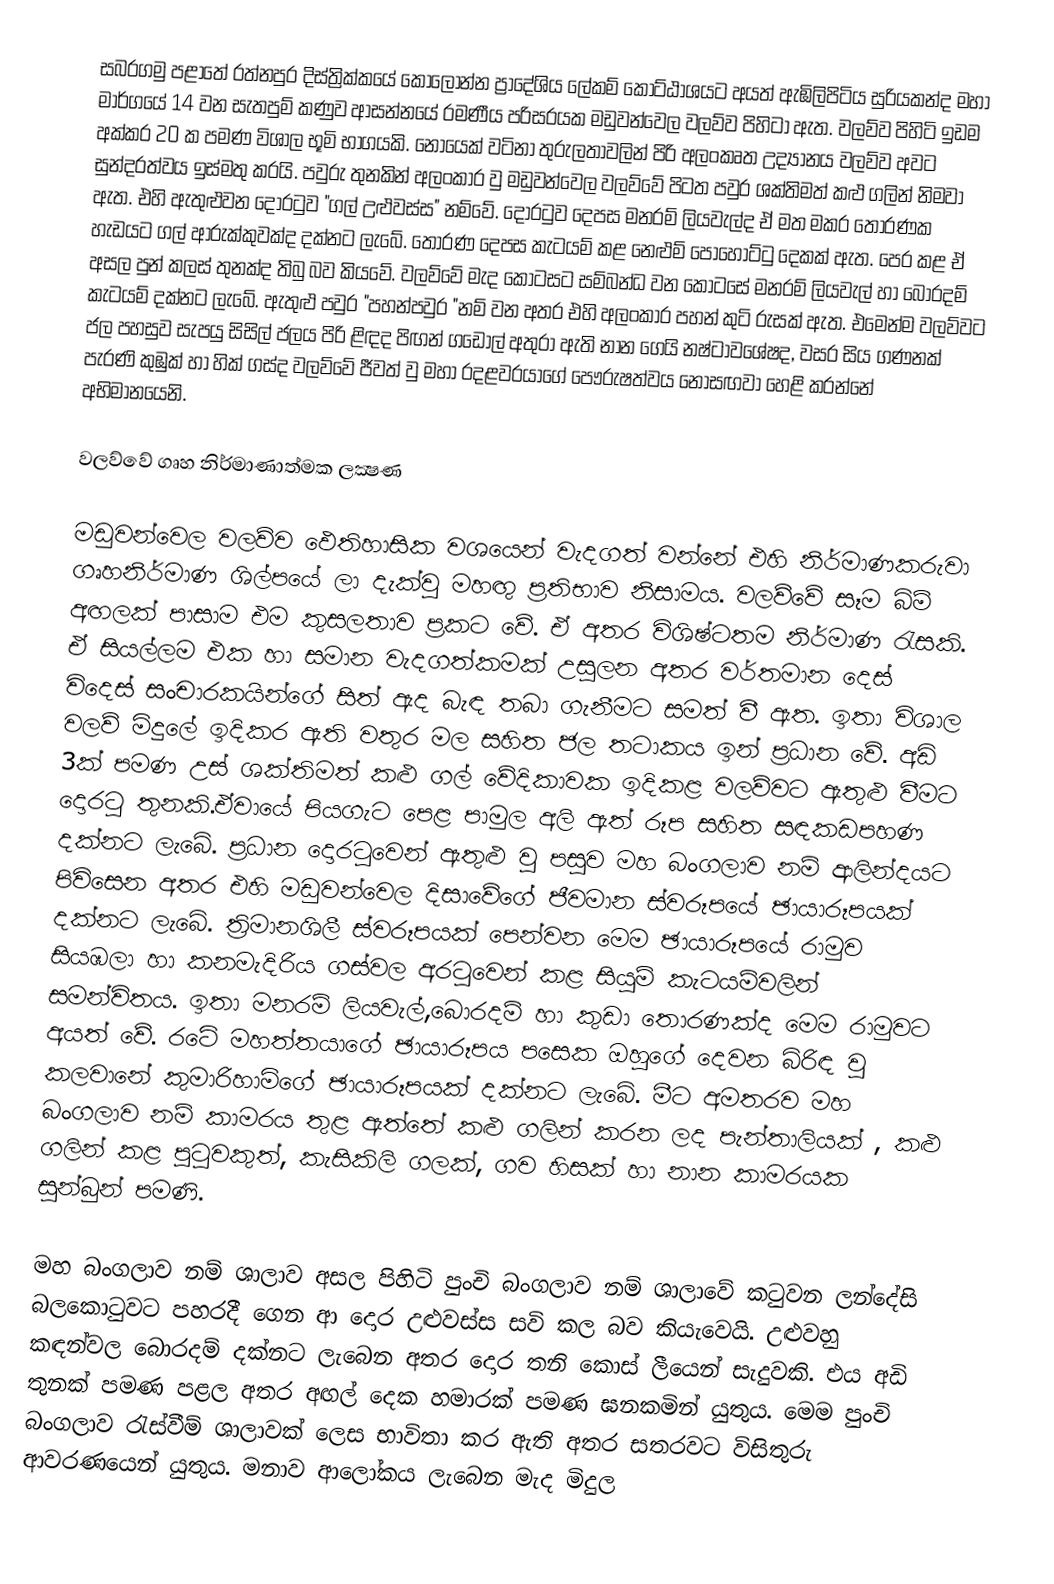
සබරගමු පළාතේ	 රත්නපුර දිස්ත්‍රික්කයේ	 කොලොන්න ප්‍රාදේශිය ලේකම් කොට්ඨාශයට අයත් ඇඹිලිපිටිය සුරියකන්ද මහා මාර්ගයේ 14 වන සැතපුම් කණුව ආසන්නයේ රමණීය පරිසරයක මඩුවන්වෙල වලව්ව පිහිටා ඇත. වලව්ව පිහිටි ඉඩම අක්කර 20 ක පමණ විශාල භූමි භාගයකි. නොයෙක් වටිනා තුරුලතාවලින් පිරි අලංකෘත උද්‍යානය වලව්ව අවට සුන්දරත්වය ඉස්මතු කරයි. පවුරු තුනකින් අලංකාර වු මඩුවන්වෙල වලව්වේ පිටත පවුර ශක්තිමත් කළු ගලින් නිමවා ඇත. එහි ඇතුළුවන දොරටුව "ගල් උළුවස්ස" නම්වේ. දොරටුව දෙපස මනරම් ලියවැල්ද ඒ මත මකර තොරණක හැඩයට ගල් ආරුක්කුවක්ද දක්නට ලැබේ. තොරණ දෙපස කැටයම් කළ නෙළුම් පොහොට්ටු දෙකක් ඇත. පෙර කළ ඒ අසල පුන් කලස් තුනක්ද තිබු බව කියවේ. වලව්වේ මැද කොටසට සම්බන්ධ වන කොටසේ මනරම් ලියවැල් හා බොරදම් කැටයම් දක්නට ලැබේ. ඇතුළු පවුර "පහන්පවුර "නම් වන අතර එහි අලංකාර පහන් කුටි රුසක් ඇත. එමෙන්ම වලව්වට ජල පහසුව සැපයු සිසිල් ජලය පිරි ළිඳද පිඟන් ගඩොල් අතුරා ඇති නාන ගෙයි නෂ්ටාවශේෂද, වසර සිය ගණනක් පැරණි කුඹුක් හා හික් ගස්ද වලව්වේ ජීවත් වු මහා රදළවරයාගේ පෞරුෂත්වය නොසඟවා හෙළි කරන්නේ අභිමානයෙනි.

වලව්වේ ගෘහ නිර්මාණාත්මක ලක්‍ෂණ

මඩුවන්වෙල වලව්ව ඵෙතිහාසික වශයෙන් වැදගත් වන්නේ එහි නිර්මාණකරුවා ගෘහනිර්මාණ ශිල්පයේ ලා දැක්වු මහඟු ප්‍රතිභාව නිසාමය. වලව්වේ සෑම බිම් අඟලක් පාසාම එම කුසලතාව ප්‍රකට වේ. ඒ අතර විශිෂ්ටතම නිර්මාණ රැසකි. ඒ සියල්ලම එක හා සමාන වැදගත්කමක් උසුලන අතර වර්තමාන දෙස් විදෙස් සංචාරකයින්ගේ සිත් ඇද බැඳ තබා ගැනීමට සමත් වී ඇත. ඉතා විශාල වලව් මිදුලේ ඉදිකර ඇති වතුර මල සහිත ජල තටාකය ඉන් ප්‍රධාන වේ. අඩි 3ක් පමණ උස් ශක්තිමත් කළු ගල් වේදිකාවක ඉදිකළ වලව්වට ඇතුළු වීමට දොරටු තුනකි.ඒවායේ පියගැට පෙළ පාමුල අලි ඇත් රූප සහිත සඳකඩපහණ දක්නට ලැබේ. ප්‍රධාන දොරටුවෙන් ඇතුළු වු පසුව මහ බංගලාව නම් ආලින්දයට පිවිසෙන අතර එහි මඩුවන්වෙල දිසාවේගේ ජීවමාන ස්වරූපයේ ඡායාරූපයක් දක්නට ලැබේ. ත්‍රිමානශිලී ස්වරූපයක් පෙන්වන මෙම ඡායාරූපයේ රාමුව සියඹලා හා කනමැදිරිය ගස්වල අරටුවෙන් කළ සියුම් කැටයම්වලින් සමන්විතය. ඉතා මනරම් ලියවැල්,බොරදම් හා කුඩා තොරණක්ද මෙම රාමුවට අයත් වේ. රටේ මහත්තයාගේ ඡායාරූපය පසෙක ඔහුගේ දෙවන බිරිඳ වු කලවානේ කුමාරිහාමිගේ ඡායාරූපයක් දක්නට ලැබේ. මීට අමතරව මහ බංගලාව නම් කාමරය තුළ ඇත්තේ කළු ගලින් කරන ලද පැන්තාලියක්	, කළු ගලින් කළ පුටුවකුත්, කැසිකිලි ගලක්, ගව හිසක් හා නාන කාමරයක සුන්බුන් පමණි.

මහ බංගලාව නම් ශාලාව අසල පිහිටි පුංචි බංගලාව නම් ශාලාවේ කටුවන ලන්දේසි බලකොටුවට පහරදී ගෙන ආ දොර උළුවස්ස සවි කල බව කියැවෙයි. උළුවහු කඳන්වල බොරදම් දක්නට ලැබෙන අතර දොර තනි කොස් ලීයෙන් සැදුවකි. එය අඩි තුනක් පමණ පළල අතර අඟල් දෙක හමාරක් පමණ ඝනකමින් යුතුය. මෙම පුංචි බංගලාව රැස්වීම් ශාලාවක් ලෙස භාවිතා කර ඇති අතර සතරවට විසිතුරු ආවරණයෙන් යුතුය. මනාව ආලෝකය ලැබෙන මැද මිදුල